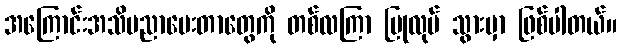
အကြောင်းအသိပညာပေးတာတွေကို တစ်လကြာ ပြုလုပ် သွားမှာ ဖြစ်ပါတယ်။